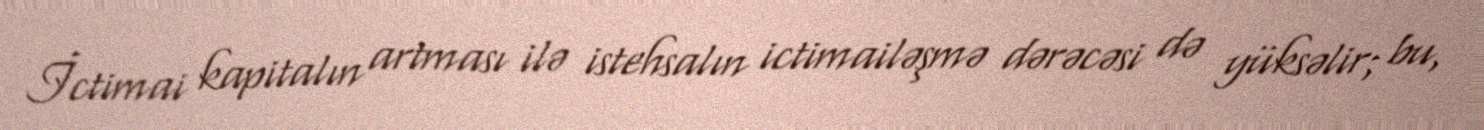
İctimai kapitalın artması ilə istehsalın ictimailəşmə dərəcəsi də yüksəlir; bu,